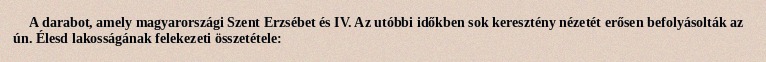
A darabot, amely magyarországi Szent Erzsébet és IV. Az utóbbi időkben sok keresztény nézetét erősen befolyásolták az ún. Élesd lakosságának felekezeti összetétele: